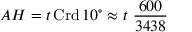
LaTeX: A H = t \operatorname { C r d } 1 0 ^ { \circ } \approx t \ { \frac { 6 0 0 } { 3 4 3 8 } }